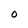
Character: U